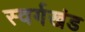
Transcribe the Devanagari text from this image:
स्वर्गखंड